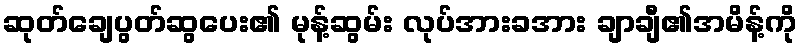
ဆုတ်ချေပွတ်ဆွပေး၏ မုန့်ဆွမ်း လုပ်အားခအား ချာချီ၏အမိန့်ကို